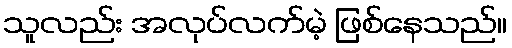
သူလည်း အလုပ်လက်မဲ့ ဖြစ်နေသည်။